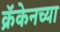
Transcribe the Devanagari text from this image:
क्रॅकेनच्या